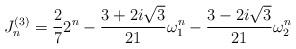
LaTeX: \begin{align*}J_{n}^{(3)}=\frac{2}{7}2^{n}-\frac{3+2i\sqrt{3}}{21}\omega_{1}^{n}-\frac{3-2i\sqrt{3}}{21}\omega_{2}^{n}\end{align*}